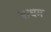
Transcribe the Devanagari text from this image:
बाधम